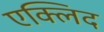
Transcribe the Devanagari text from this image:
एक्लिद